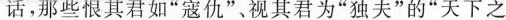
话，那些恨其君如”寇仇”视其君为”独夫”的”天下之